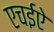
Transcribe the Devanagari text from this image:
एचईऐ